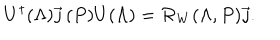
U ^ { \dagger } ( \Lambda ) \vec { \jmath } \, ( P ) U ( \Lambda ) = { \cal R } _ { W } ( \Lambda , P ) \vec { \jmath } .